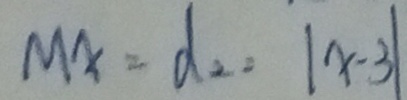
M x = d _ { 2 } = \vert x - 3 \vert